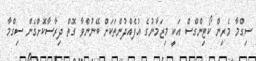
ސިގްމާ މެރިން ކޯޓިންގްސް އަކީ މިޒަމާނުގެ އުފެއްދުންތަކަށް ބޭނުންވާ ގޮތް ދިރާސާކޮށްގެން ސިގްމާ